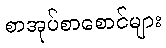
စာအုပ်စာစောင်များ